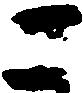
こ